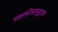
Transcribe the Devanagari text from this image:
व्यक्तीसमूहास